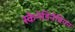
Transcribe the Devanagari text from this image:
स्केनेडिनेवियन